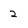
Character: 2